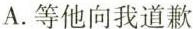
A.等他向我道歉